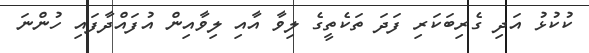
ކުކުޅު އަދި ގެރިބަކަރި ފަދަ ތަކެތީގެ ލިވާ އާއި ލިވާއިން އުފައްދާފައި ހުންނަ